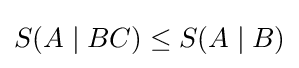
S(A\mid BC)\leq S(A\mid B)